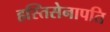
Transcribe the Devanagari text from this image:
हस्तिसेनापति